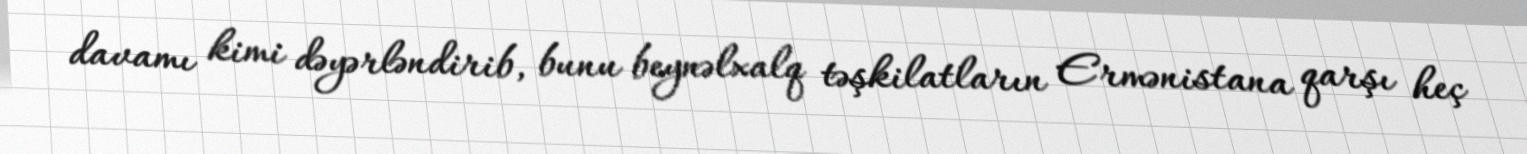
davamı kimi dəyərləndirib, bunu beynəlxalq təşkilatların Ermənistana qarşı heç